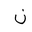
Letter: _non